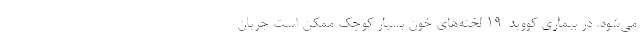
می‌شود. در بیماری کووید-۱۹ لخته‌های خون بسیار کوچک ممکن است جریان